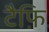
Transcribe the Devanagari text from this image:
टैफ़ि